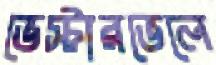
ভেস্টারভেলে